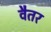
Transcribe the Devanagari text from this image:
वैतर